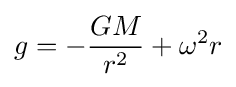
g=-{\frac {GM}{r^{2}}}+\omega ^{2}r